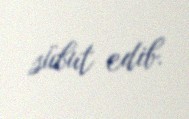
sübut edib.